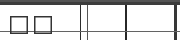
٢٧